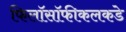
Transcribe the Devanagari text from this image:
फिलॉसॉफीकलकडे